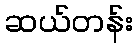
ဆယ်တန်း